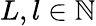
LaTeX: L,l\in\mathbb{N}